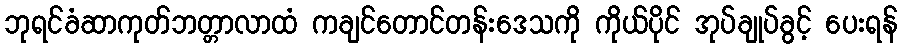
ဘုရင်ခံဆာကုတ်ဘတ္တာလာထံ ကချင်တောင်တန်းဒေသကို ကိုယ်ပိုင် အုပ်ချုပ်ခွင့် ပေးရန်